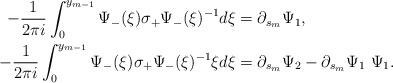
LaTeX: \begin{align*}-\frac{1}{2\pi i}\int_{0}^{y_{m-1}}\Psi_-(\xi)\sigma_+\Psi_-(\xi)^{-1}d\xi &=\partial_{s_m}\Psi_1,\\-\frac{1}{2\pi i}\int_{0}^{y_{m-1}}\Psi_-(\xi)\sigma_+\Psi_-(\xi)^{-1}\xi d\xi&= \partial_{s_m}\Psi_2-\partial_{s_m}\Psi_1\ \Psi_1.\end{align*}